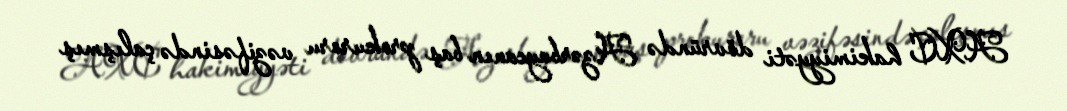
AXC hakimiyyəti dövründə Azərbaycanın baş prokuroru vəzifəsində çalışmış